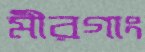
মীরগাং